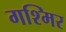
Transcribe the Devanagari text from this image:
गश्मिर